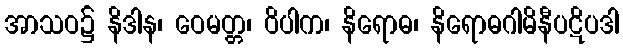
အာသဝ၌ နိဒါန၊ ဝေမတ္တ၊ ဝိပါက၊ နိရောဓ၊ နိရောဓဂါမိနီပဋိပဒါ